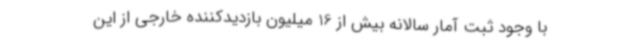
با وجود ثبت آمار سالانه بیش از 16 میلیون بازدیدکننده خارجی از این